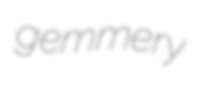
gemmery